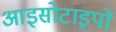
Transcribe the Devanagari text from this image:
आइसोटाइपों